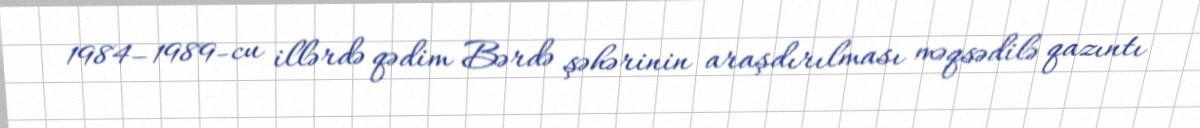
1984–1989-cu illərdə qədim Bərdə şəhərinin araşdırılması məqsədilə qazıntı